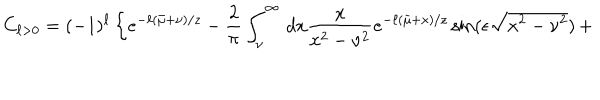
LaTeX: C _ { \ell > 0 } = ( - 1 ) ^ { \ell } \left\{ e ^ { - \ell ( \bar { \mu } + \nu ) / z } - { \frac { 2 } { \pi } } \int _ { \nu } ^ { \infty } \, d x { \frac { x } { x ^ { 2 } - \nu ^ { 2 } } } e ^ { - \ell ( \bar { \mu } + x ) / z } \sin ( \epsilon \sqrt { x ^ { 2 } - \nu ^ { 2 } } ) \, + \right.